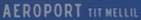
"AEROPORT